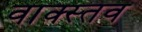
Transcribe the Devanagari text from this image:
वाक्स्तव